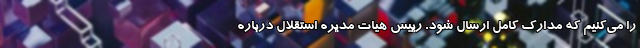
را می‌کنیم که مدارک کامل ارسال شود. رییس هیات مدیره استقلال درباره